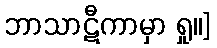
ဘာသာဋီကာမှာ ရှု။]